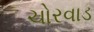
ચોરવાડ